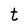
Character: t